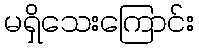
မရှိသေးကြောင်း